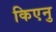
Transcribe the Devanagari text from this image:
किएनु